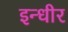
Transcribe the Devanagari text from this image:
इन्धीर